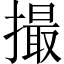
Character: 撮